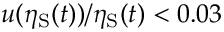
u ( \eta _ { \mathrm { S } } ( t ) ) / \eta _ { \mathrm { S } } ( t ) < 0 . 0 3